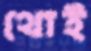
থোই